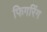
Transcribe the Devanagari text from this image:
फिगरिंग